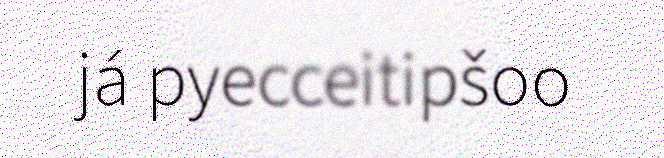
já pyecceitipšoo